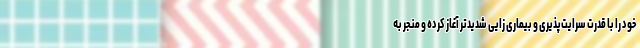
خود را با قدرت سرایت‌پذیری و بیماری زایی شدیدتر آغاز کرده و منجر به